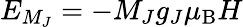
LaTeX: E_{M_{J}}=-M_{J}g_{J}\mu_{\mathrm{B}}H